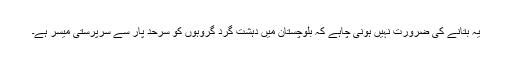
یہ بتانے کی ضرورت نہیں ہونی چاہے کہ بلوچستان میں دہشت گرد گروہوں کو سرحد پار سے سرپرستی میسر ہے۔